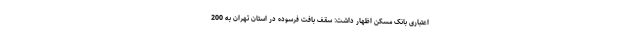
اعتباری بانک مسکن اظهار داشت: سقف بافت فرسوده در استان تهران به 200